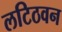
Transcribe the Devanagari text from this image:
लटिठवन